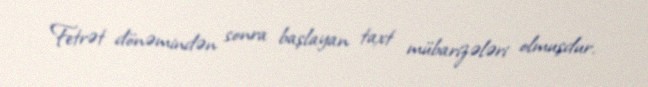
Fetrət dönəmindən sonra başlayan taxt mübarizələri olmuşdur.